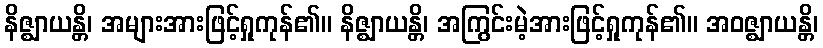
နိဇ္ဈာယန္တိ၊ အများအားဖြင့်ရှုကုန်၏။ နိဇ္ဈာယန္တိ၊ အကြွင်းမဲ့အားဖြင့်ရှုကုန်၏။ အဝဇ္ဈာယန္တိ၊